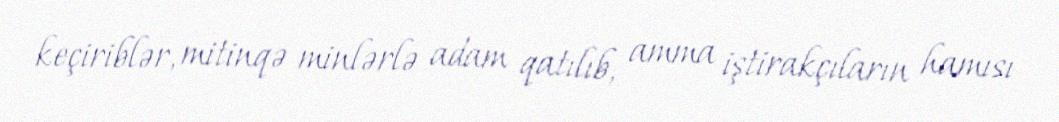
keçiriblər, mitinqə minlərlə adam qatılıb, amma iştirakçıların hamısı